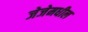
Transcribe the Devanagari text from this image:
जेजेमधील